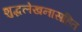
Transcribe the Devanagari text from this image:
शुद्धलेखनासहित